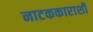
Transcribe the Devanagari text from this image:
नाटककाराशी